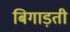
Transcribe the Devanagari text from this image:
बिगाड़ती